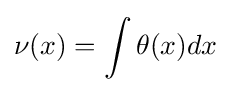
\nu (x)=\int \theta (x)dx